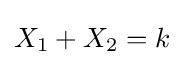
X_{1}+X_{2}=k